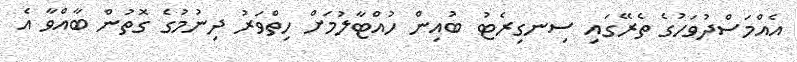
އެއްމަސްދުވަހުގެ ތެރޭގައި ސިނގިރެޓު ބުއިން ހުއްޓާލުމަށް ހިތްވަރު ދިނުމުގެ ގޮތުން ބާއްވާ އެ